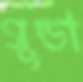
গুন্ডা